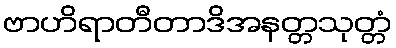
ဗာဟိရာတီတာဒိအနတ္တသုတ္တံ